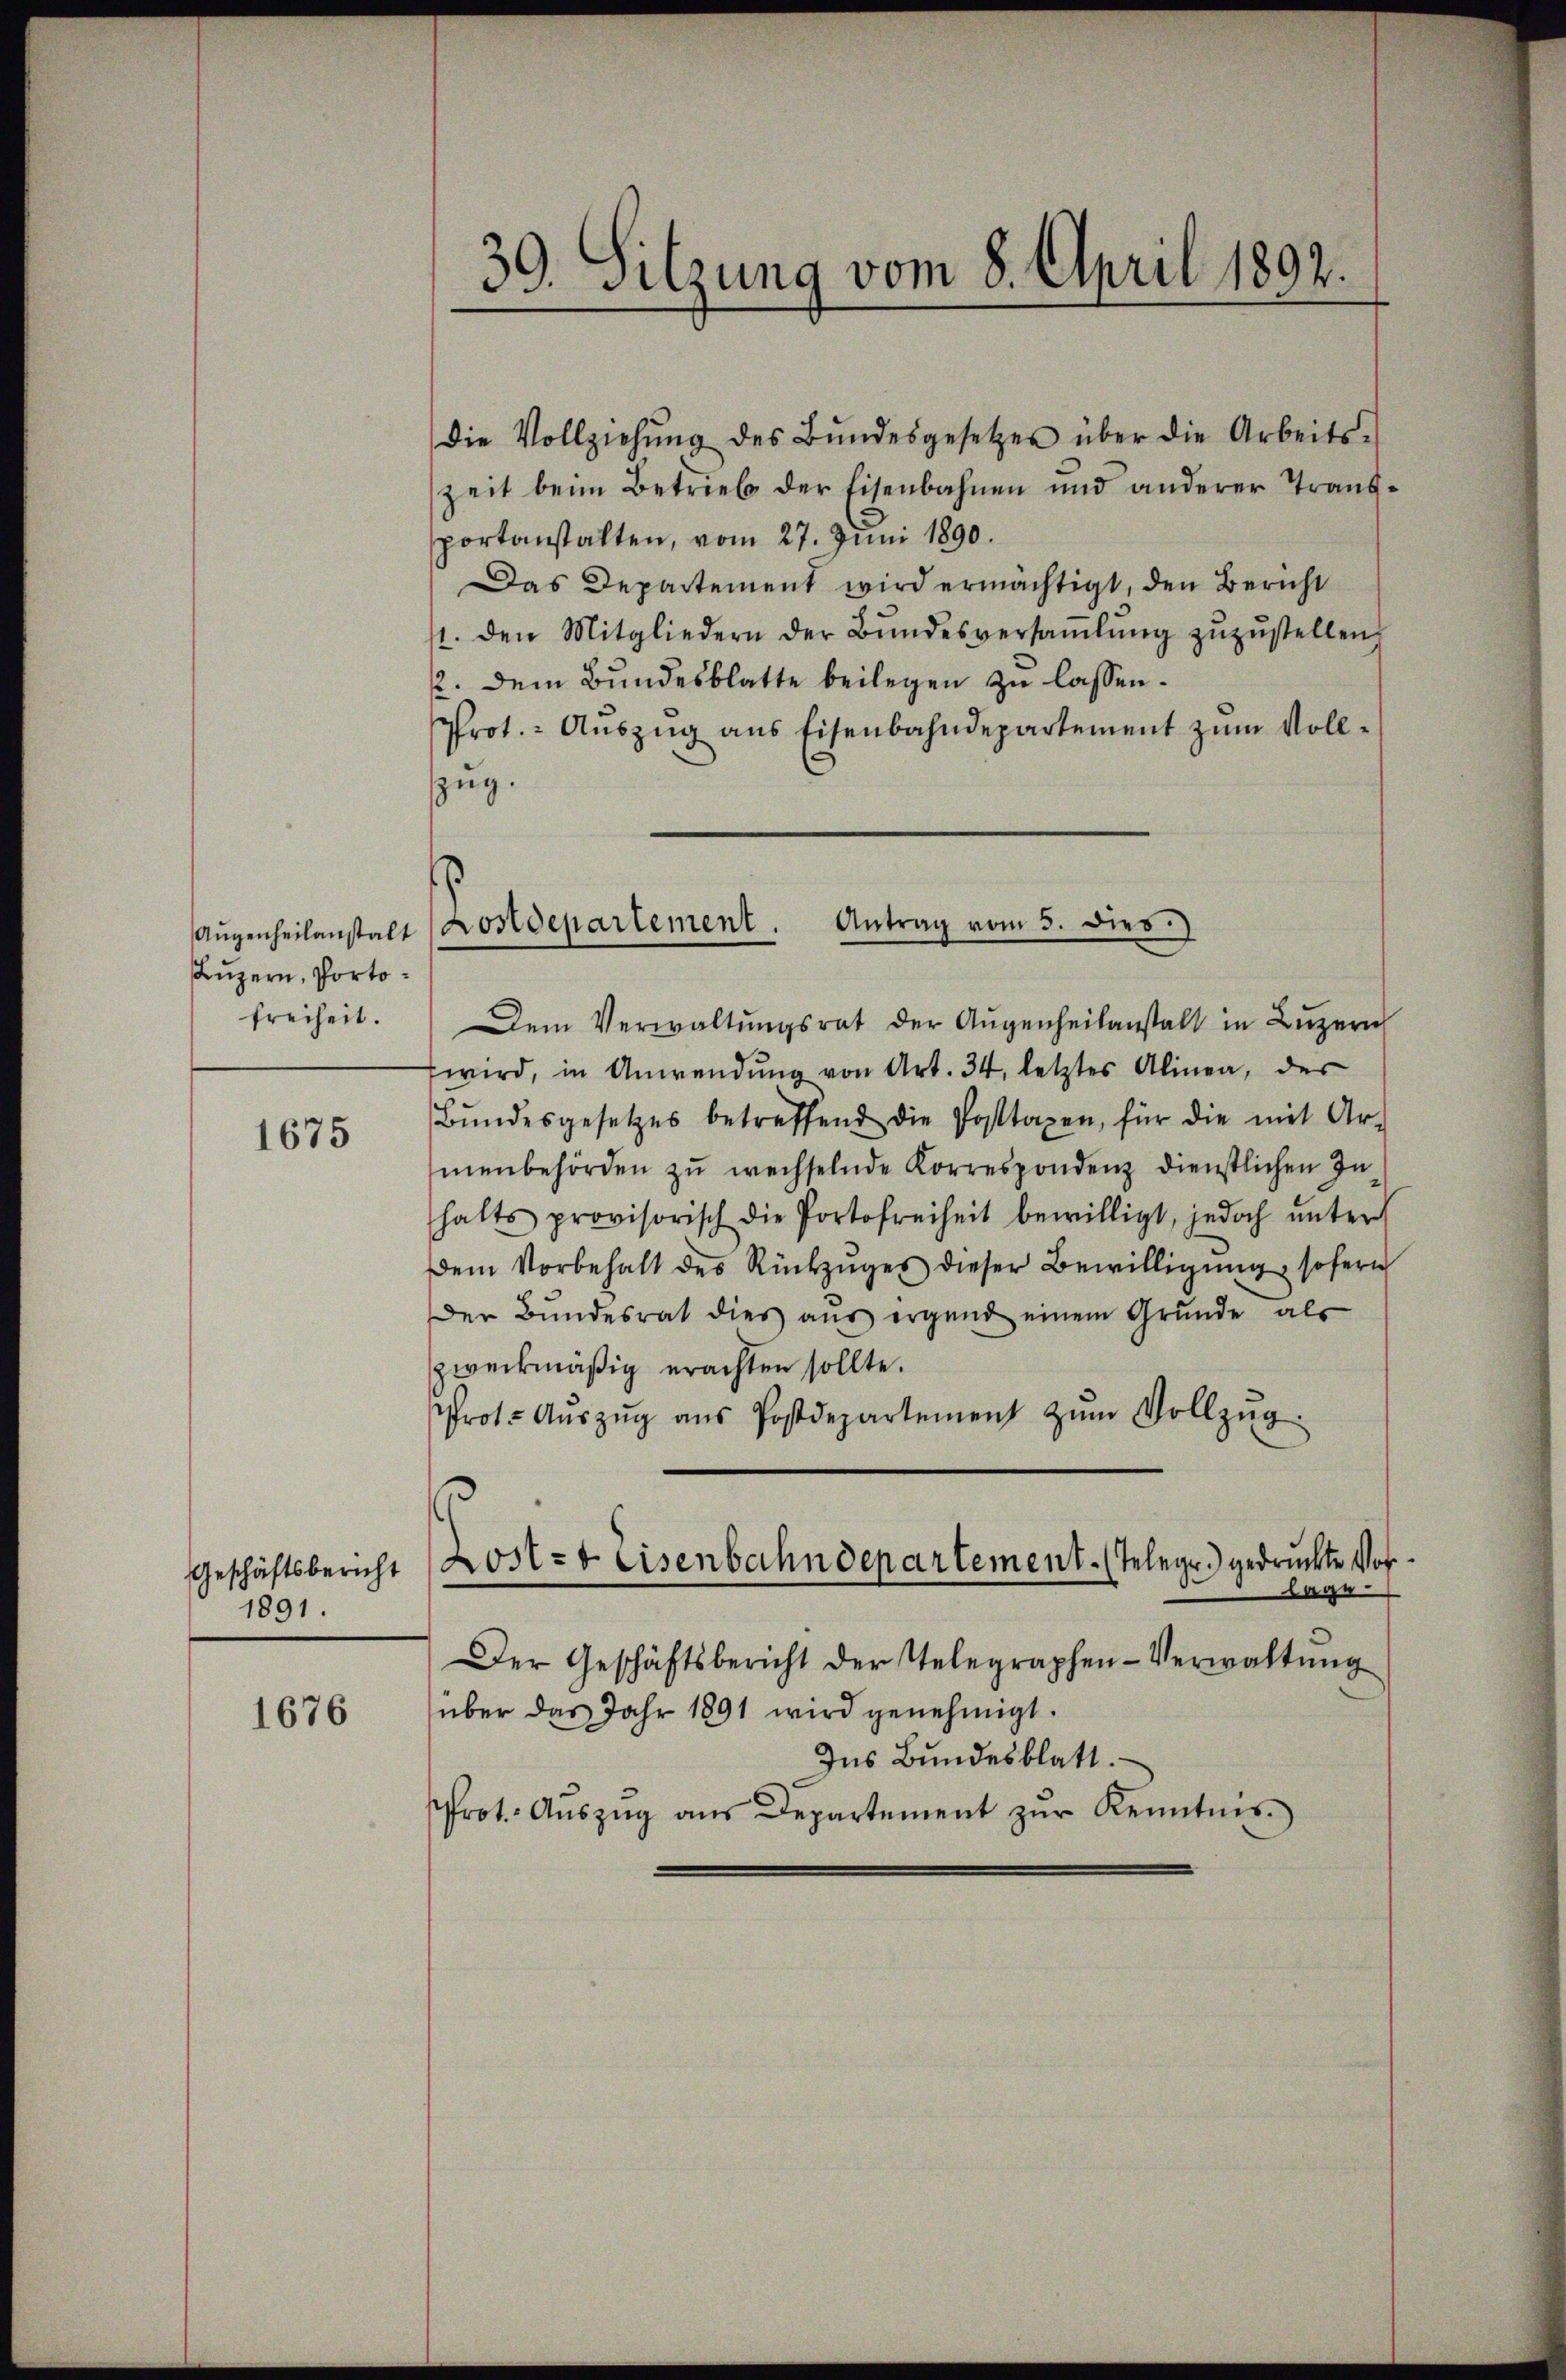
Luzern, Portofreiheit.

1675

Geschäftsbericht
1891.

1676

39. Sitzung vom 8. April 1892.

die Vollziehŭng des Bŭndesgesetzes über die Arbeits-
zeit beim Betrieb der Eisenbahnen und anderer Transsportanstalten, vom 27. Juni 1890.
Das Departement wird ermächtigt, den Bericht
11. den Mitgliedern der Bŭndesversaṁlŭng zŭzŭstellen.
2. dem Bundesblatte beilegen zu lassen.
Prot. Aŭszŭg ans Eisenbahndepartement zŭm Voll-
zug.
Dem Verwaltŭngsrat der Aŭgenheilanstalt in Luzern
wird, in Anwendung von Art. 34, letztes Alinea, der
Bŭndesgesetzes betreffend die Posttaxen, für die mit Ar-
menbehörden zŭ wechselnde Korrespondenz dienstlichen In
halts provisorisch die Portofreiheit bewilligt, jedoch ŭnter
dem Vorbehalt des Rückzŭges dieser Bewilligŭng sofern
Der Bŭndesrat dies aŭs ergend einem Grŭnde als
zweckmäßig erachten sollte.
Prot. Aŭszŭg aŭs Postdepartement zŭm Vollzŭg.
lage
Der Geschäftsbericht der Telegraphen-Verwaltŭng
über das Jahr 1891 wird genehmigt.
Ins Bundesblatt.
Prot. Aŭszŭg aŭs Departement zŭr Kenntnis.

Aŭgenheilanstalt Kostdepartement. Antrag vom 5. dies

Zost- & Eisenbahndepartement. (Telege.) gedruckte Vor¬